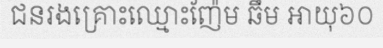
ជនរងគ្រោះឈ្មោះញ៉ែម ឆឹម អាយុ៦០